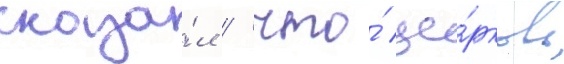
сказа́л / что́ це́рковь